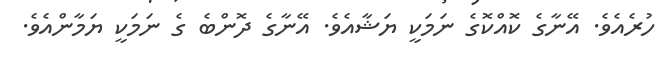
ހުރެއެވެ. އޭނާގެ ކޮއްކޮގެ ނަމަކީ ޔަޝާއެވެ. އޭނާގެ ދޮންބެ ގެ ނަމަކީ ޔަމާންއެވެ.